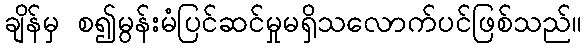
ချိန်မှ စ၍မွန်းမံပြင်ဆင်မှုမရှိသလောက်ပင်ဖြစ်သည်။